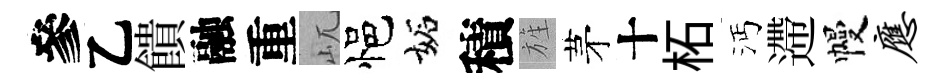
參乙饋融重屼悒妬積旌茅十柘沔遰幔应